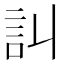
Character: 訆